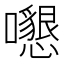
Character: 𡄩